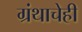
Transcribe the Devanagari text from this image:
ग्रंथाचेही